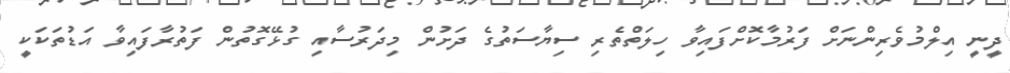
ދީނީ އިލްމުވެރިންނަށް ފަރުމާކޮށްފައިވާ ހިލަތްތެރި ސިޔާސަތުގެ ދަށުން މިދަރުސާއި ގުޅޭގޮތުން ފަތުރާފައިވާ އަޑުތަކަކީ